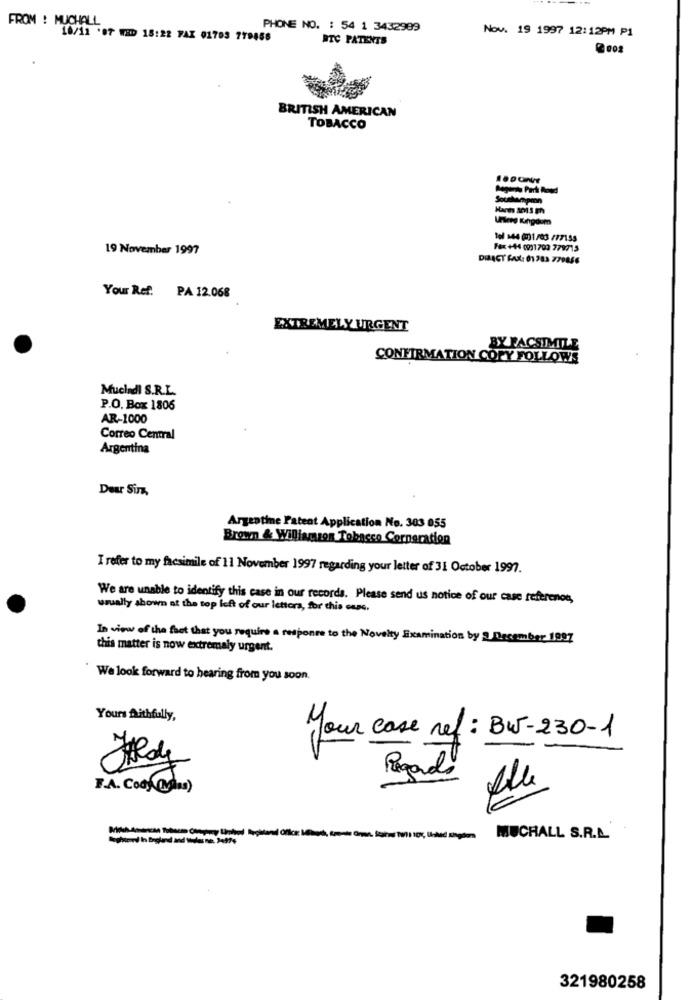
FROM : MUCHALL
PHONE NO. : 54 1 3432989
Nov. 19 1997 12:12PM P1
18/12 .87 WED 15:22 FAX 01703 779456
BTC PATENTS
BRITISH AMERICAN
TOBACCO
Souskampen
Tol 144 001/03 /77155
19 November 1997
Fax +44 0911703 779715
DIACT FAX: 01 783 779856
Your Ref. PA 12.068
EXTREMELY URGENT
BY FACSIMILE
CONFIRMATION COPY FOLLOWS
Muchadi S.R.L.
P.O. Box 1806
AR-1000
Correo Central
Argentina
Dear Sirz,
Argentine Patent Application No. 303 055
Brown & Williamson Tobacco Corneration
I refer to my facsimile of 11 November 1997 regarding your letter of 31 October 1997.
We are unable to identify this case in our records. Please send us notice of our case referenos,
usually shown at the top left of our lettera, for this case.
In view of the fact that you require a response to the Novelty Examination by . December 1997
this matter is now extremaly urgent.
We look forward to hearing from you soon.
Yours faithfully,
your case ref : BW-230-1
Regarde
F.A. Cos aus)
321980258